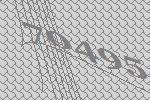
70495